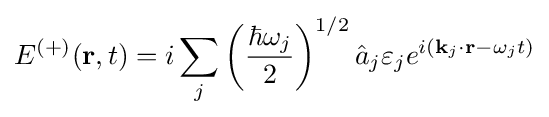
E^{(+)}(\mathbf {r} ,t)=i\sum _{j}\left({\frac {\hbar \omega _{j}}{2}}\right)^{1/2}{\hat {a}}_{j}\mathbf {\varepsilon } _{j}e^{i(\mathbf {k} _{j}\cdot \mathbf {r} -\omega _{j}t)}